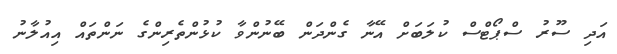
އަދި ސޫރު ސްޕޯޓްސް ކުލަބަށް އޭނާ ގެންދަން ބޭނުންވާ ކުޅުންތެރިންގެ ނަންތައް އިއުލާނު